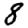
Digit: 8